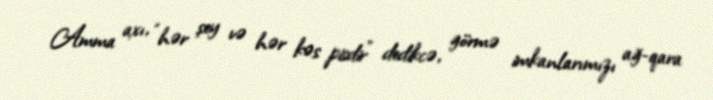
Amma axı, “hər şey və hər kəs pisdir” dedikcə, görmə imkanlarımızı ağ-qara